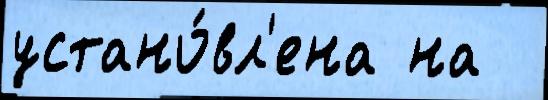
устано́вл'ена на